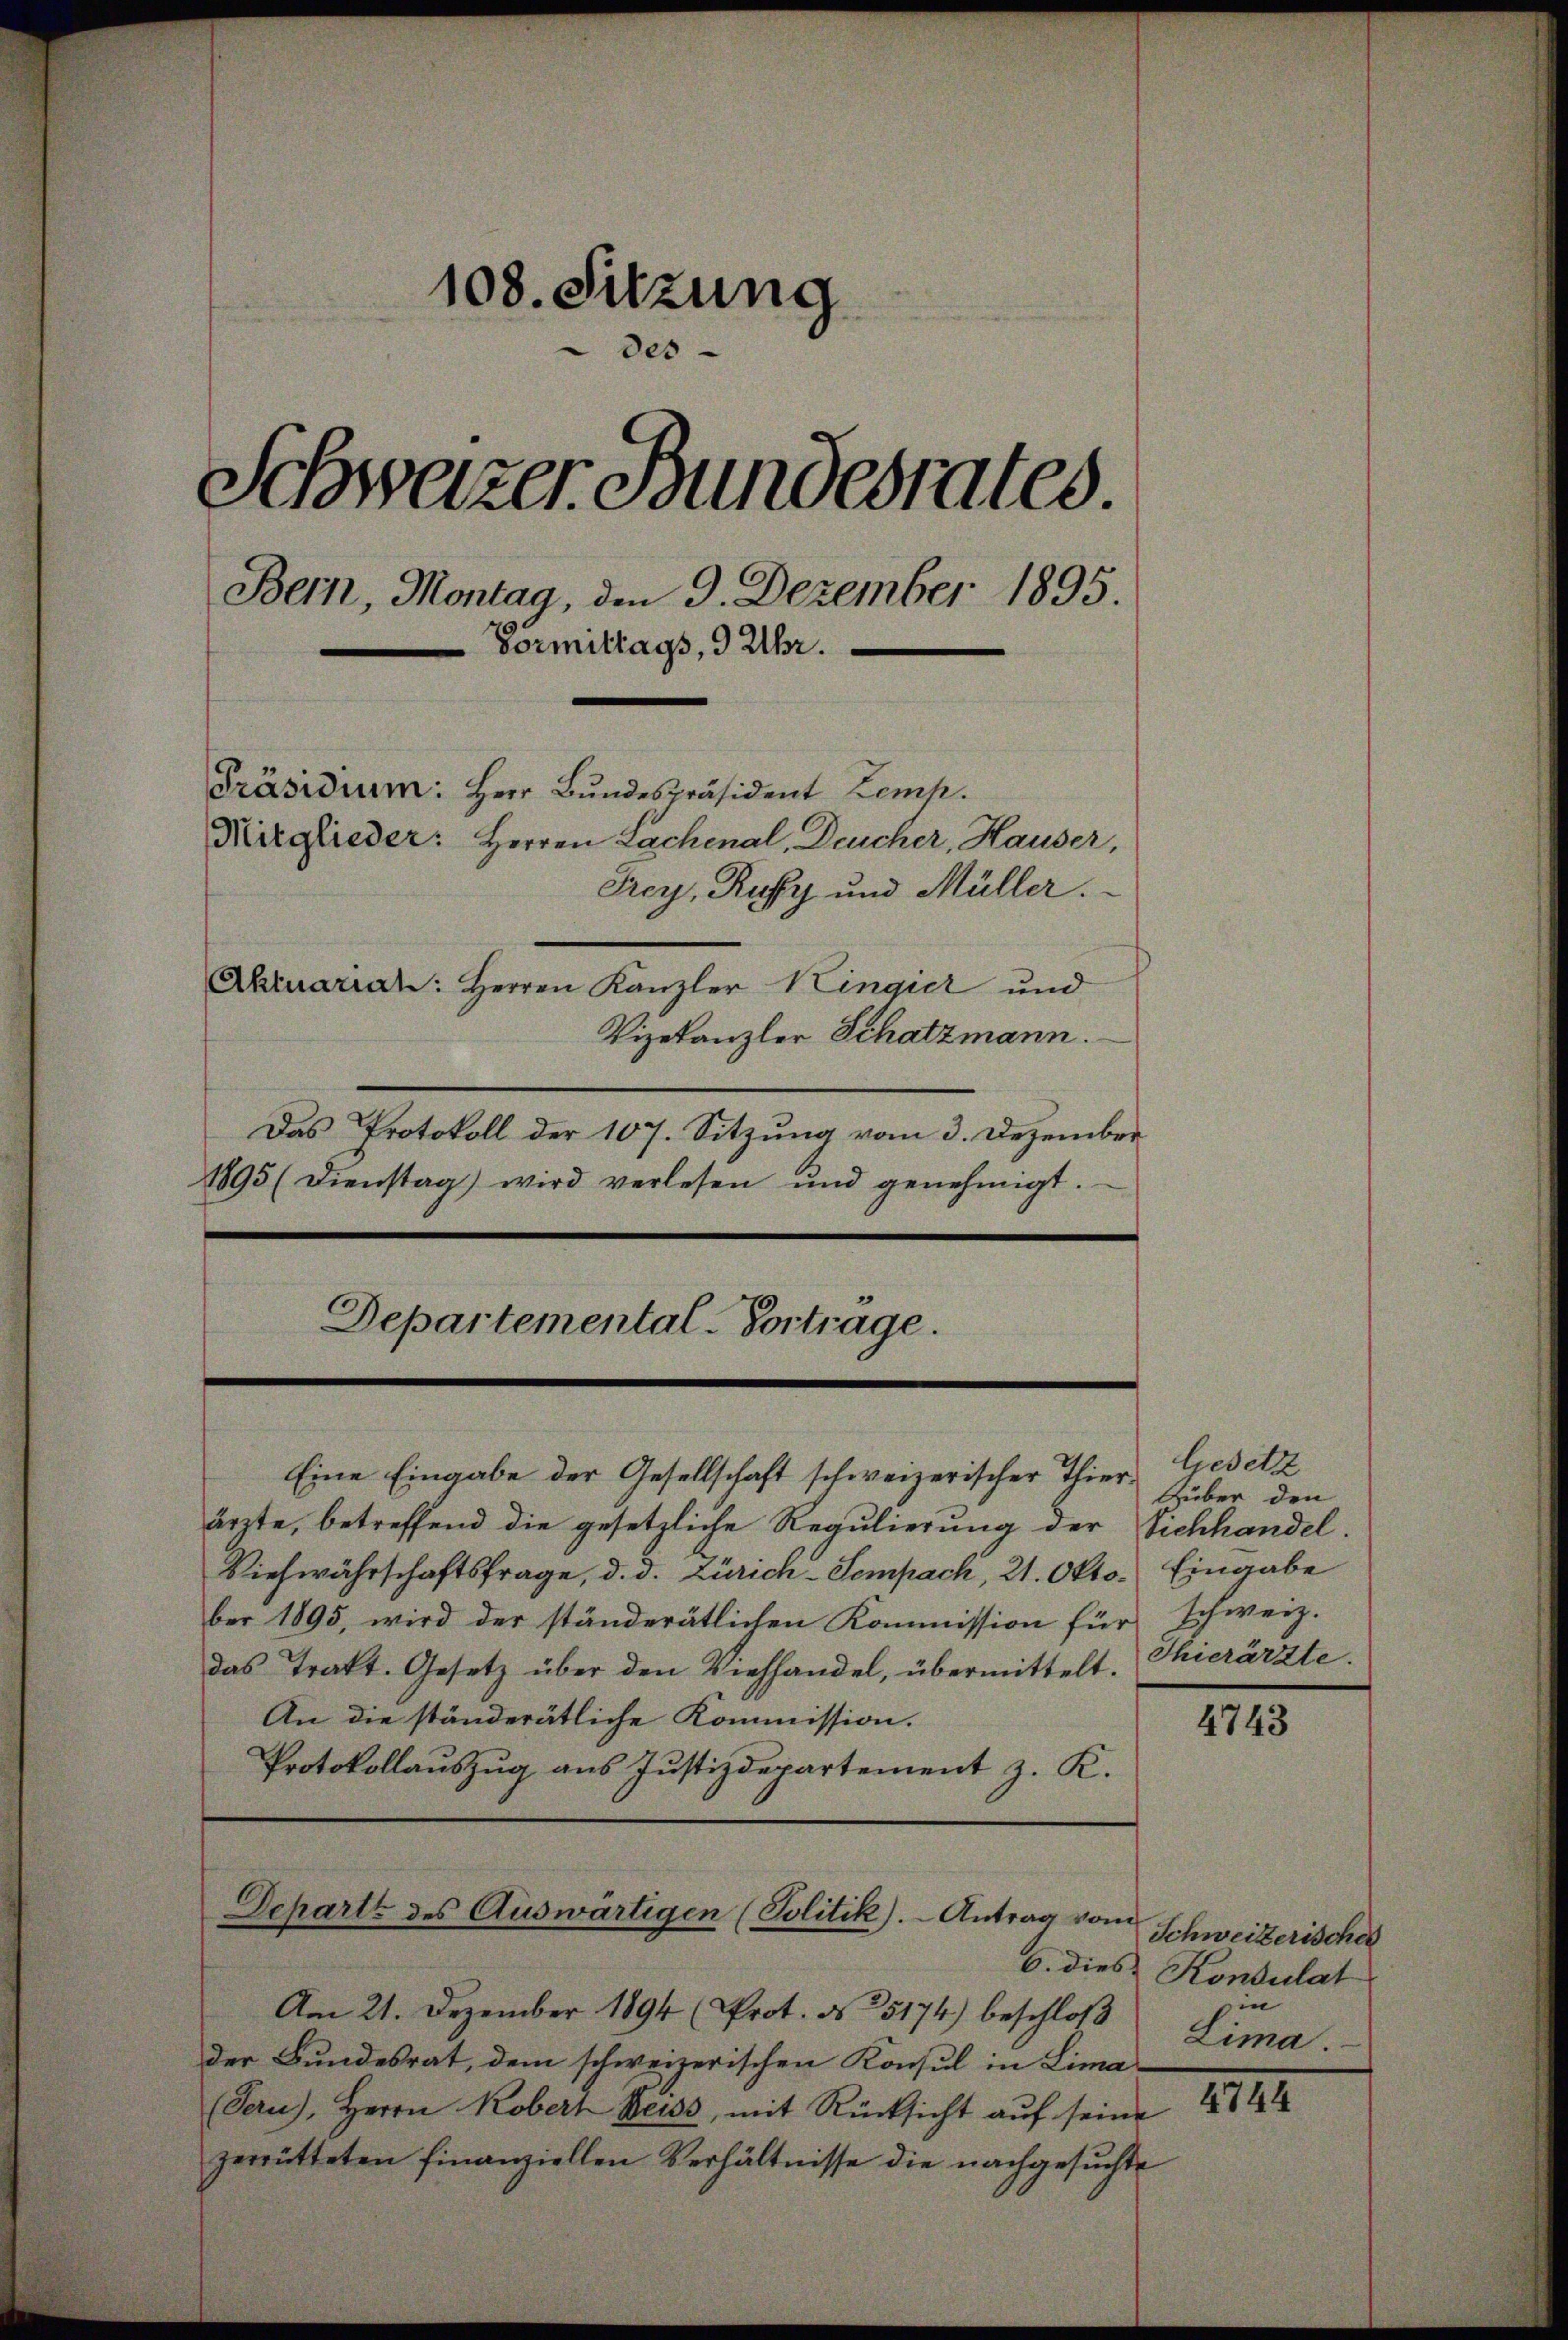
108. Sitzung
des
Schweizer Bundesrates.
Bern, Montag, den 9. Dezember 1895.
Vormittags, 9 Uhr.
Präsidium: Herr Bundespräsident Zemp.
Mitglieder: Herren Lachenal, Deucher, Hauser,
Frey, Kuffy und Müller.
Aktuariat: Herren Kanzler Kingier und
Vizekanzler Schatzmann.
Das Protokoll der 107. Sitzung vom 3. Dezember

1895 (Dienstag) wird verlesen und genehmigt.

Departemental-Vortrage.

Eine Eingabe der Gesellschaft schweizerischer Thierärzte, betreffend die gesetzliche Regulierung der Sichhandel.
Viehwährschaftsfrage, d. d. Zürich-Sempach, 21. Oktober 1895, wird der ständerätlichen Kommission für schweiz.
das Trakt. Gesetz über den Viehhandel, übermittelt.
An die ständerätliche Kommission.
Protokollauszug aus Justizdepartement z. K.

Departe des Auswärtigen (Politik). - Antrag vom

Am 21. Dezember 1894 (Prot. No 5174) beschloß
der Bundesrat, dem schweizerischen Konsul in Lima¬
(Sern), Herrn Kobert Beiss, mit Rücksicht auf seine 1844
zerrütteten finanziellen Verhältnisse die nachgesŭchte

Gesetz
Guber den
Eingabe
Thierärzte.

4743

Schweizerisches
6. dies Konsulat
in
Lima.